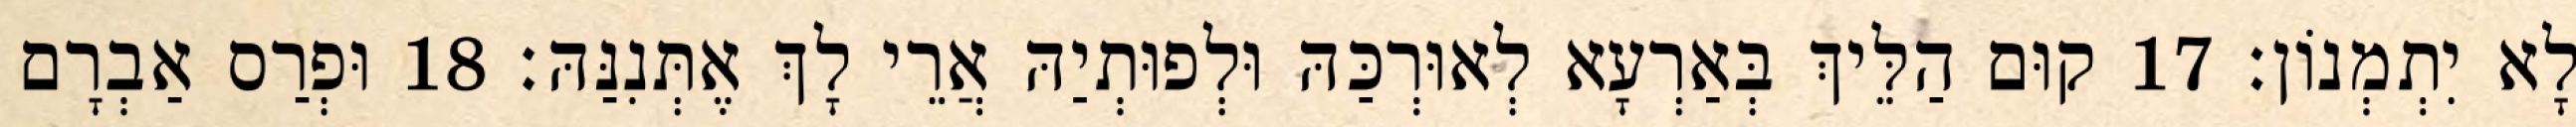
לָא יִתְמְנוֹן׃ 17 קוּם הַלֵּיךְ בְּאַרְעָא לְאוּרְכַּהּ וּלְפוּתְיַהּ אֲרֵי לָךְ אֶתְּנִנַּהּ׃ 18 וּפְרַס אַבְרָם